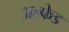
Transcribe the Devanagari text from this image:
अल्फेड